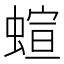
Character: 蝖